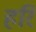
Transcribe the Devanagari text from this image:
हरि